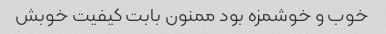
خوب و خوشمزه بود ممنون بابت کیفیت خوبش